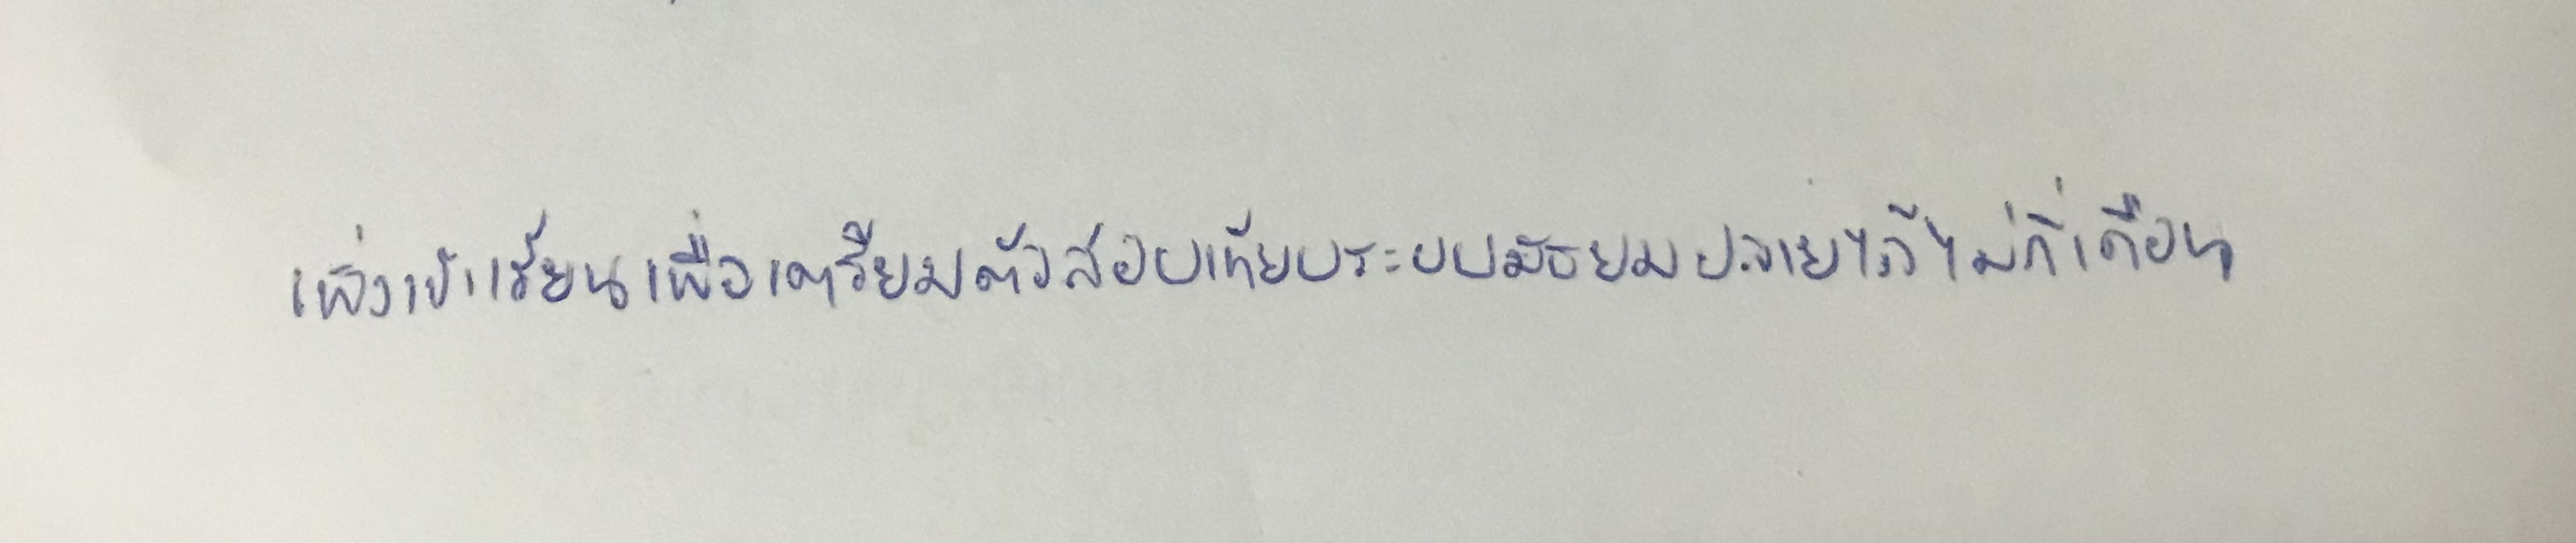
เพิ่งเข้าเรียนเพื่อเตรียมตัวสอบเทียบระบบมัธยมปลายได้ไม่กี่เดือน